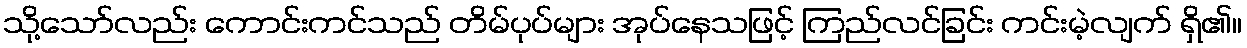
သို့သော်လည်း ကောင်းကင်သည် တိမ်ပုပ်များ အုပ်နေသဖြင့် ကြည်လင်ခြင်း ကင်းမဲ့လျက် ရှိ၏။